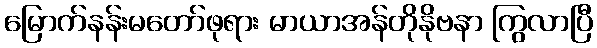
မြောက်နန်းမတော်ဖုရား မာယာအန်တိုနိုဗနာ ကြွလာပြီ